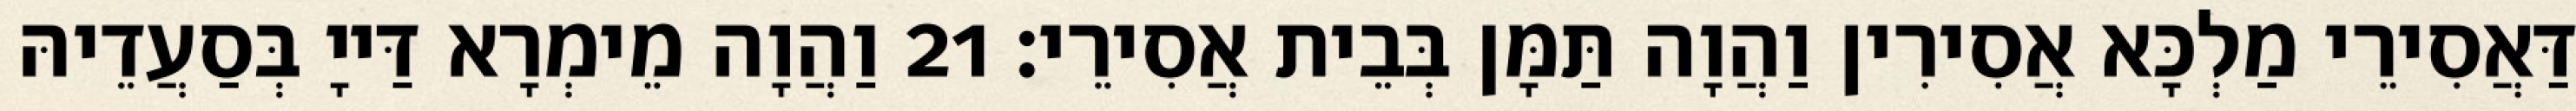
דַּאֲסִירֵי מַלְכָּא אֲסִירִין וַהֲוָה תַּמָּן בְּבֵית אֲסִירֵי׃ 21 וַהֲוָה מֵימְרָא דַּייָ בְּסַעֲדֵיהּ